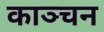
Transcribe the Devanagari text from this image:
काञ्चन